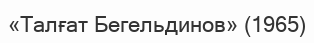
«Талғат Бегельдинов» (1965)